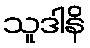
သူဒါနိ